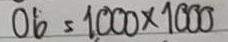
06 = 1000 x 1000